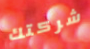
شركتك